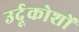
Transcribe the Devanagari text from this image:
उर्दूकोशों